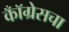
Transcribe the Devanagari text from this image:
कॉँग्रेसचा